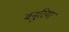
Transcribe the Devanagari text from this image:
बनुरिया